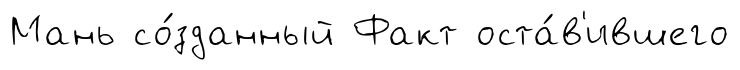
Мань со́зданный Факт оста́в'ившего